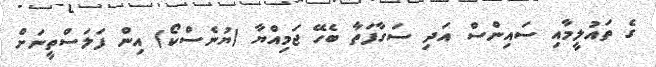
ގެ ތައުލީމާއި ސައިންސް އަދި ސަގާފަތާ ބެހޭ ޖަމިއްޔާ (ޔުނެސްކޯ) އިން ފަލަސްތީނަށް